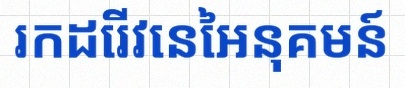
រកដេរីវេនៃអនុគមន៍